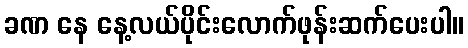
ခဏ နေ နေ့လယ်ပိုင်းလောက်ဖုန်းဆက်ပေးပါ။